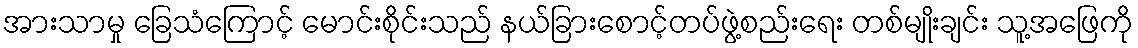
အားသာမှု ခြေသံကြောင့် မောင်းစိုင်းသည် နယ်ခြားစောင့်တပ်ဖွဲ့စည်းရေး တစ်မျိုးချင်း သူ့အဖြေကို